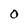
Character: O